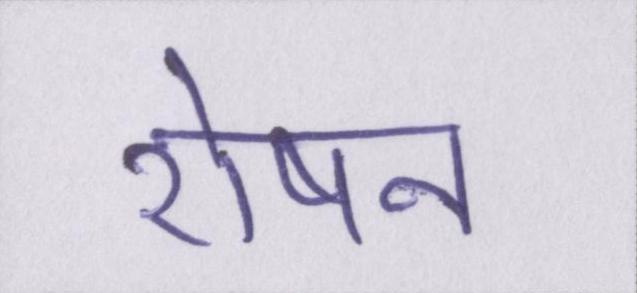
रोषन